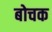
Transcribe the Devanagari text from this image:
बोचक